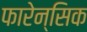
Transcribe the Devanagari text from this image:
फारेन्सिक